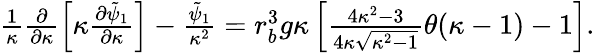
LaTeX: \begin{array}{r}{\frac{1}{\kappa}\frac{\partial}{\partial\kappa}\left[\kappa\frac{\partial\tilde{\psi}_{1}}{\partial\kappa}\right]-\frac{\tilde{\psi}_{1}}{\kappa^{2}}=r_{b}^{3}g\kappa\left[\frac{4\kappa^{2}-3}{4\kappa\sqrt{\kappa^{2}-1}}\theta(\kappa-1)-1\right].}\end{array}